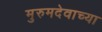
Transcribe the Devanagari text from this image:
मुरुमदेवाच्या